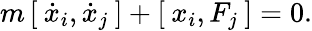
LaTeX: m\, [\: \dot{x}_{i},\dot{x}_{j}\: ]+[\: x_{i},F_{j}\: ]=0.